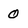
Character: 0